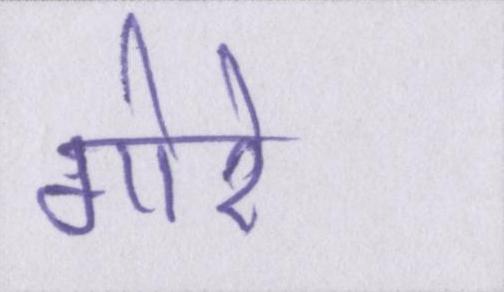
गोरे